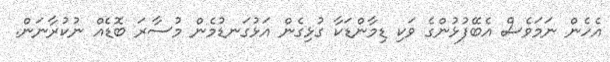
އެހެން ނަމަވެސް އެބޭފުޅުންގެ ވަކި ޑިމާންޑަކާ ގުޅިގެން އަޅުގަނޑުމެން މުސާރަ ބޮޑެއް ނުކުރާނަން.